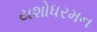
યશોધરમન